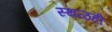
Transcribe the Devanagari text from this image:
स्थळही